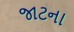
જાટના